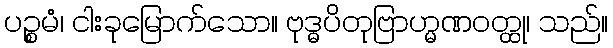
ပဉ္စမံ၊ ငါးခုမြောက်သော။ ဗုဒ္ဓပိတုဗြာဟ္မဏဝတ္ထု၊ သည်။